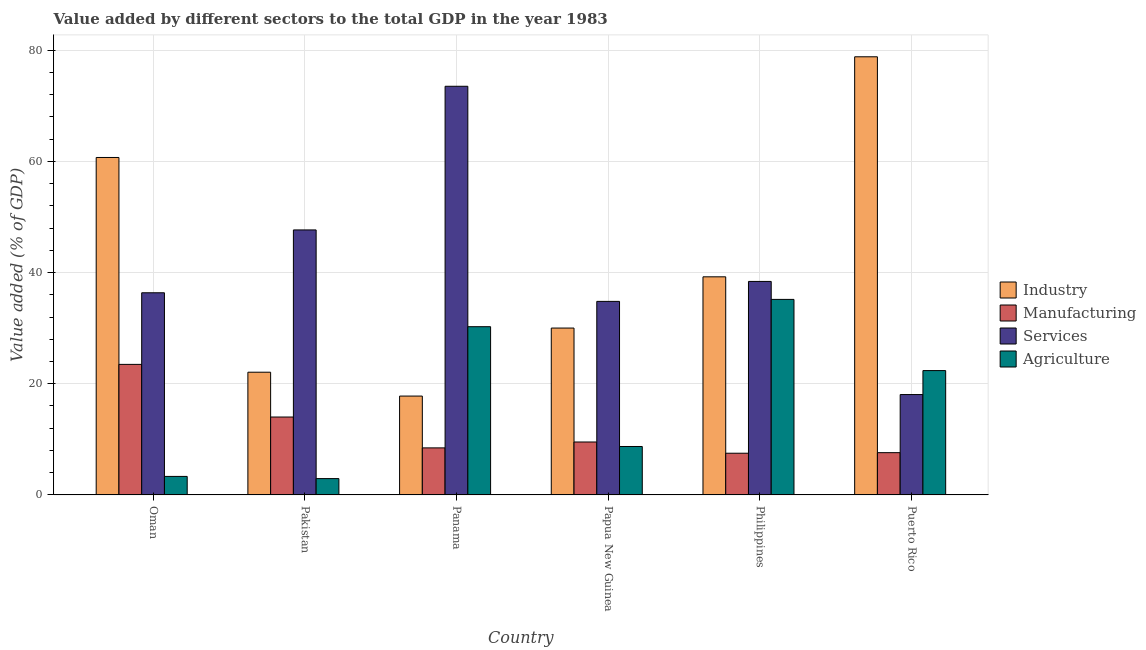
| Country | Industry | Manufacturing | Services | Agriculture |
 | --- | --- | --- | --- | --- |
 | Oman | 60.7 | 23.5 | 36.4 | 3.33 |
 | Pakistan | 22.1 | 14 | 47.7 | 2.94 |
 | Panama | 17.8 | 8.46 | 73.5 | 30.3 |
 | Papua New Guinea | 30 | 9.52 | 34.8 | 8.71 |
 | Philippines | 39.2 | 7.5 | 38.4 | 35.2 |
 | Puerto Rico | 78.8 | 7.6 | 18.1 | 22.4 |